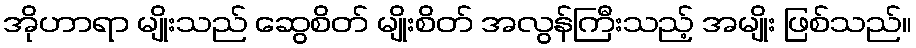
အိုဟာရာ မျိုးသည် ဆွေစိတ် မျိုးစိတ် အလွန်ကြီးသည့် အမျိုး ဖြစ်သည်။